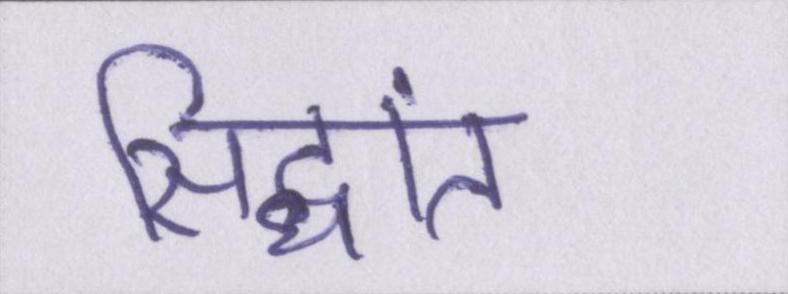
सिद्धांत